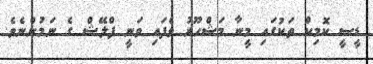
ޑީސީ ކޮމިކް ތަކުގައި މީނާ މަޝްހޫރު ވެފައި ވަނީ ފްލޭޝް ގެ ނަމުންނެވެ.